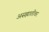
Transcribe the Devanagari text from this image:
असह्मातीवर